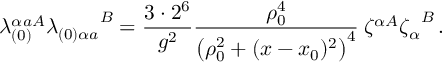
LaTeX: \lambda _ { ( 0 ) } ^ { \alpha a A } { \lambda _ { ( 0 ) \alpha a } } ^ { B } = \frac { 3 \cdot 2 ^ { 6 } } { g ^ { 2 } } \frac { \rho _ { 0 } ^ { 4 } } { \left( \rho _ { 0 } ^ { 2 } + ( x - x _ { 0 } ) ^ { 2 } \right) ^ { 4 } } \: \zeta ^ { \alpha A } { \zeta _ { \alpha } } ^ { B } \, .